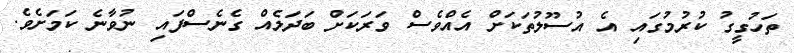
ތަހުގީގު ކުރުމުގައި އެ އުސޫލުތަކަށް އެއްވެސް ވަރަކަށް ބަދަލެއް ގެނެސްފައި ނުވާނެ ކަމަށެވެ.